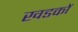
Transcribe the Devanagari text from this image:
खडकों